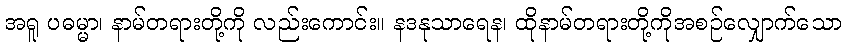
အရူ ပဓမ္မာ၊ နာမ်တရားတို့ကို လည်းကောင်း။ နဒနုသာရေန၊ ထိုနာမ်တရားတို့ကိုအစဉ်လျှောက်သော